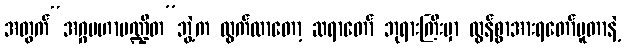
အတွက်“အဂ္ဂမဟာပဏ္ဍိတ”ဘွဲ့က ထွက်လာတော့ ဆရာတော် ဘုရားကြီးမှာ လွန်စွာအားရတော်မူတာနဲ့